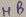
Text: HB